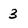
Character: 3